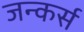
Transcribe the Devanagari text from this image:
जन्कर्स